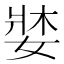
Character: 𡞓